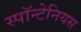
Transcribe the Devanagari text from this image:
स्पॉन्टेनियस